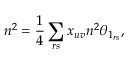
n ^ { 2 } = \frac { 1 } { 4 } \sum _ { r s } x _ { u v } n ^ { 2 } \theta _ { 1 _ { r s } } ,